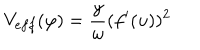
V _ { e f f } ( \varphi ) = \frac { y } { \omega } ( f ^ { \prime } ( u ) ) ^ { 2 }